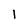
Character: 1